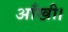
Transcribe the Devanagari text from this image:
आँखी।